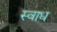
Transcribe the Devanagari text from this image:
स्वाध